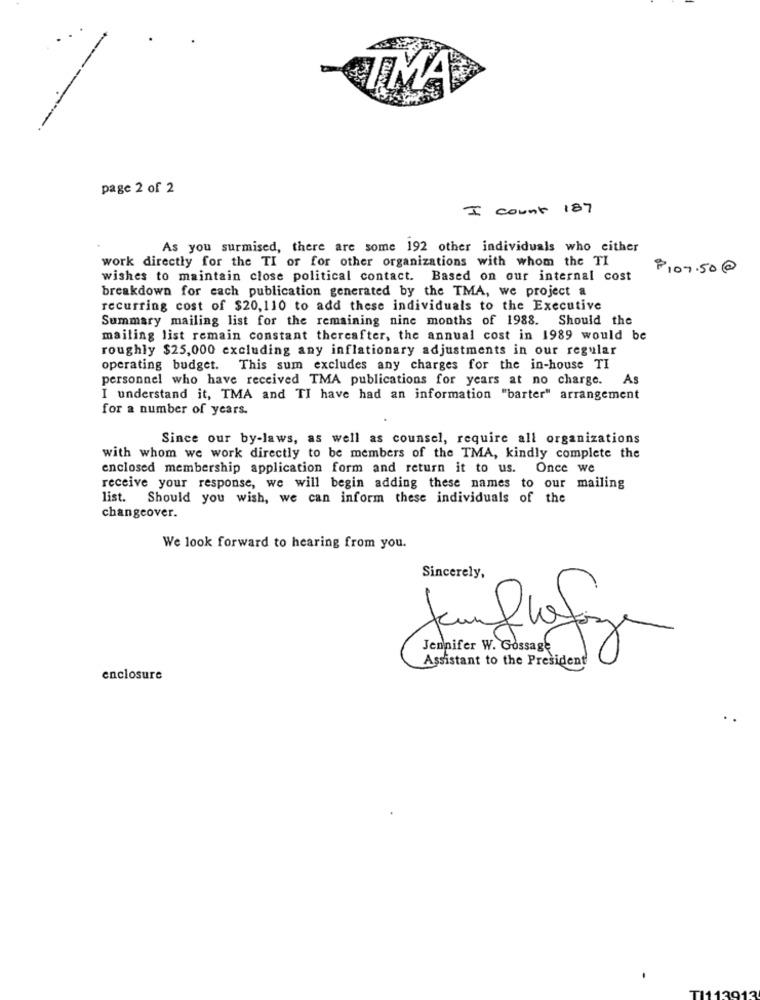
TMA
page 2 of 2
I count 187
As you surmised, there are some 192 other individuals who either
work directly for the TI or for other organizations with whom the TI
$107.50@
wishes to maintain close political contact. Based on our internal cost
breakdown for each publication generated by the TMA, we project a
recurring cost of $20,110 to add these individuals to the Executive
Summary mailing list for the remaining nine months of 1988. Should the
mailing list remain constant thereafter, the annual cost in 1989 would be
roughly $25,000 excluding any inflationary adjustments in our regular
operating budget. This sum excludes any charges for the in-house TI
personnel who have received TMA publications for years at no charge. As
I understand it, TMA and TI have had an information "barter" arrangement
for a number of years.
Since our by-laws, as well as counsel, require all organizations
with whom we work directly to be members of the TMA, kindly complete the
enclosed membership application form and return it to us. Once we
receive your response, we will begin adding these names to our mailing
list. Should you wish, we can inform these individuals of the
changeover.
We look forward to hearing from you.
Sincerely,
Jennifer W. Gossage
Assistant to the President
enclosure